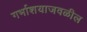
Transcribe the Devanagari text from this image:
गर्भाशयाजवळील